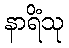
နာရိံသု